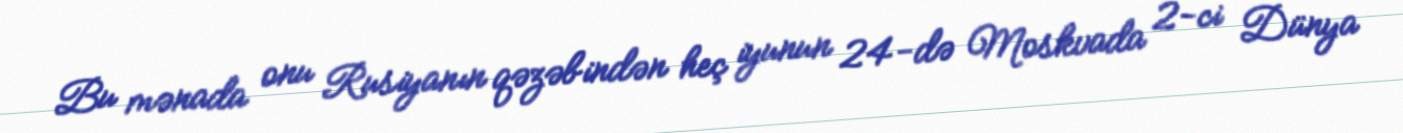
Bu mənada onu Rusiyanın qəzəbindən heç iyunun 24-də Moskvada 2-ci Dünya